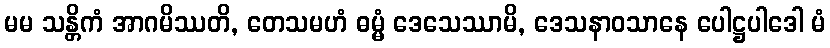
မမ သန္တိကံ အာဂမိဿတိ, တေသမဟံ ဓမ္မံ ဒေသေဿာမိ, ဒေသနာဝသာနေ ပေါဋ္ဌပါဒေါ မံ